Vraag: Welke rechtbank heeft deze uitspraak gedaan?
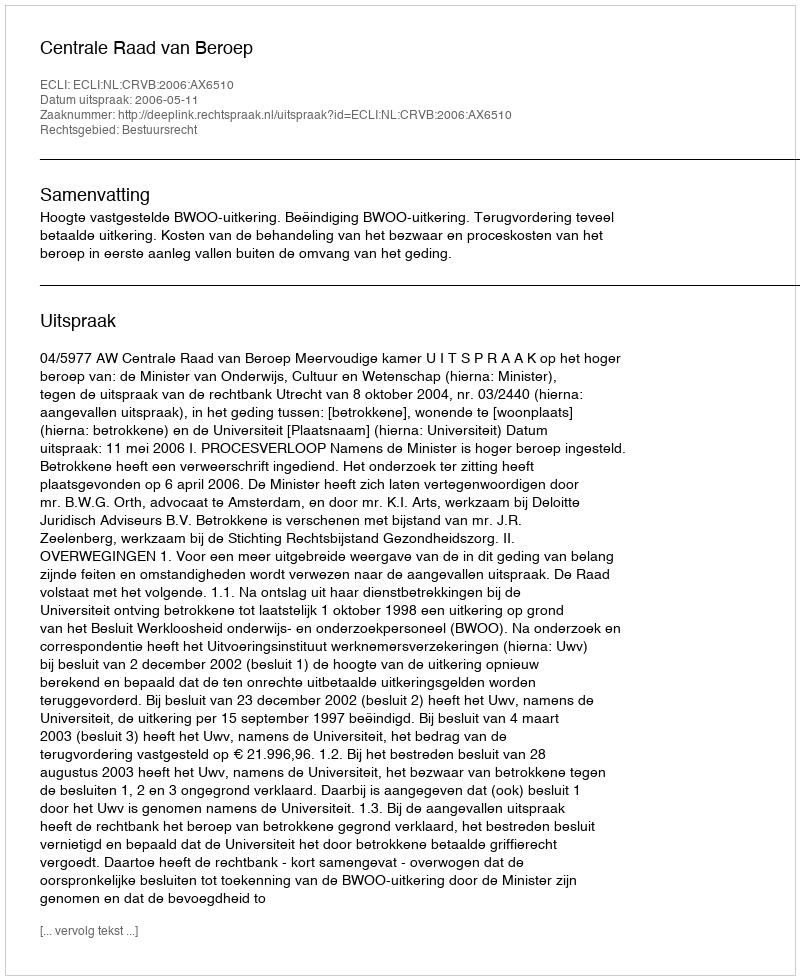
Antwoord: Centrale Raad van Beroep